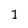
Character: 1